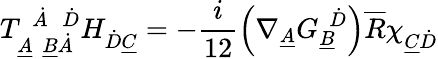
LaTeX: T_{\underline{{{A}}}\ \ \underline{{{B}}}\dot{A}}^{\ \ \dot{A}\ \ \ \dot{D}}H_{\dot{D}\underline{{{C}}}}=-\frac{i}{12}\left(\nabla_{\underline{{{A}}}}G_{\underline{{{B}}}}^{\ \ \dot{D}}\right)\overline{{{R}}}\chi_{\underline{{{C}}}\dot{D}}